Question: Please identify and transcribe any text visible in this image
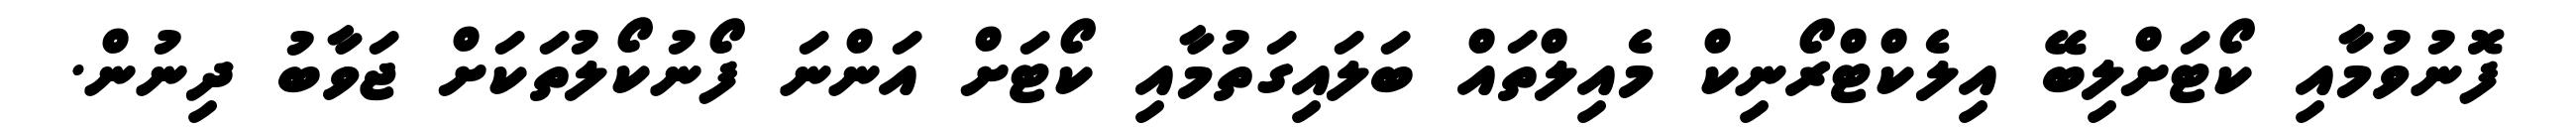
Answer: ފޮނުވުމާއި ކޯޓަށްލިބޭ އިލެކްޓްރޯނިކް މެއިލްތައް ބަލައިގަތުމާއި ކޯޓަށް އަންނަ ފޯނުކޯލުތަކަށް ޖަވާބު ދިނުން.